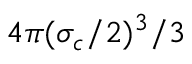
4 \pi ( \sigma _ { c } / 2 ) ^ { 3 } / 3